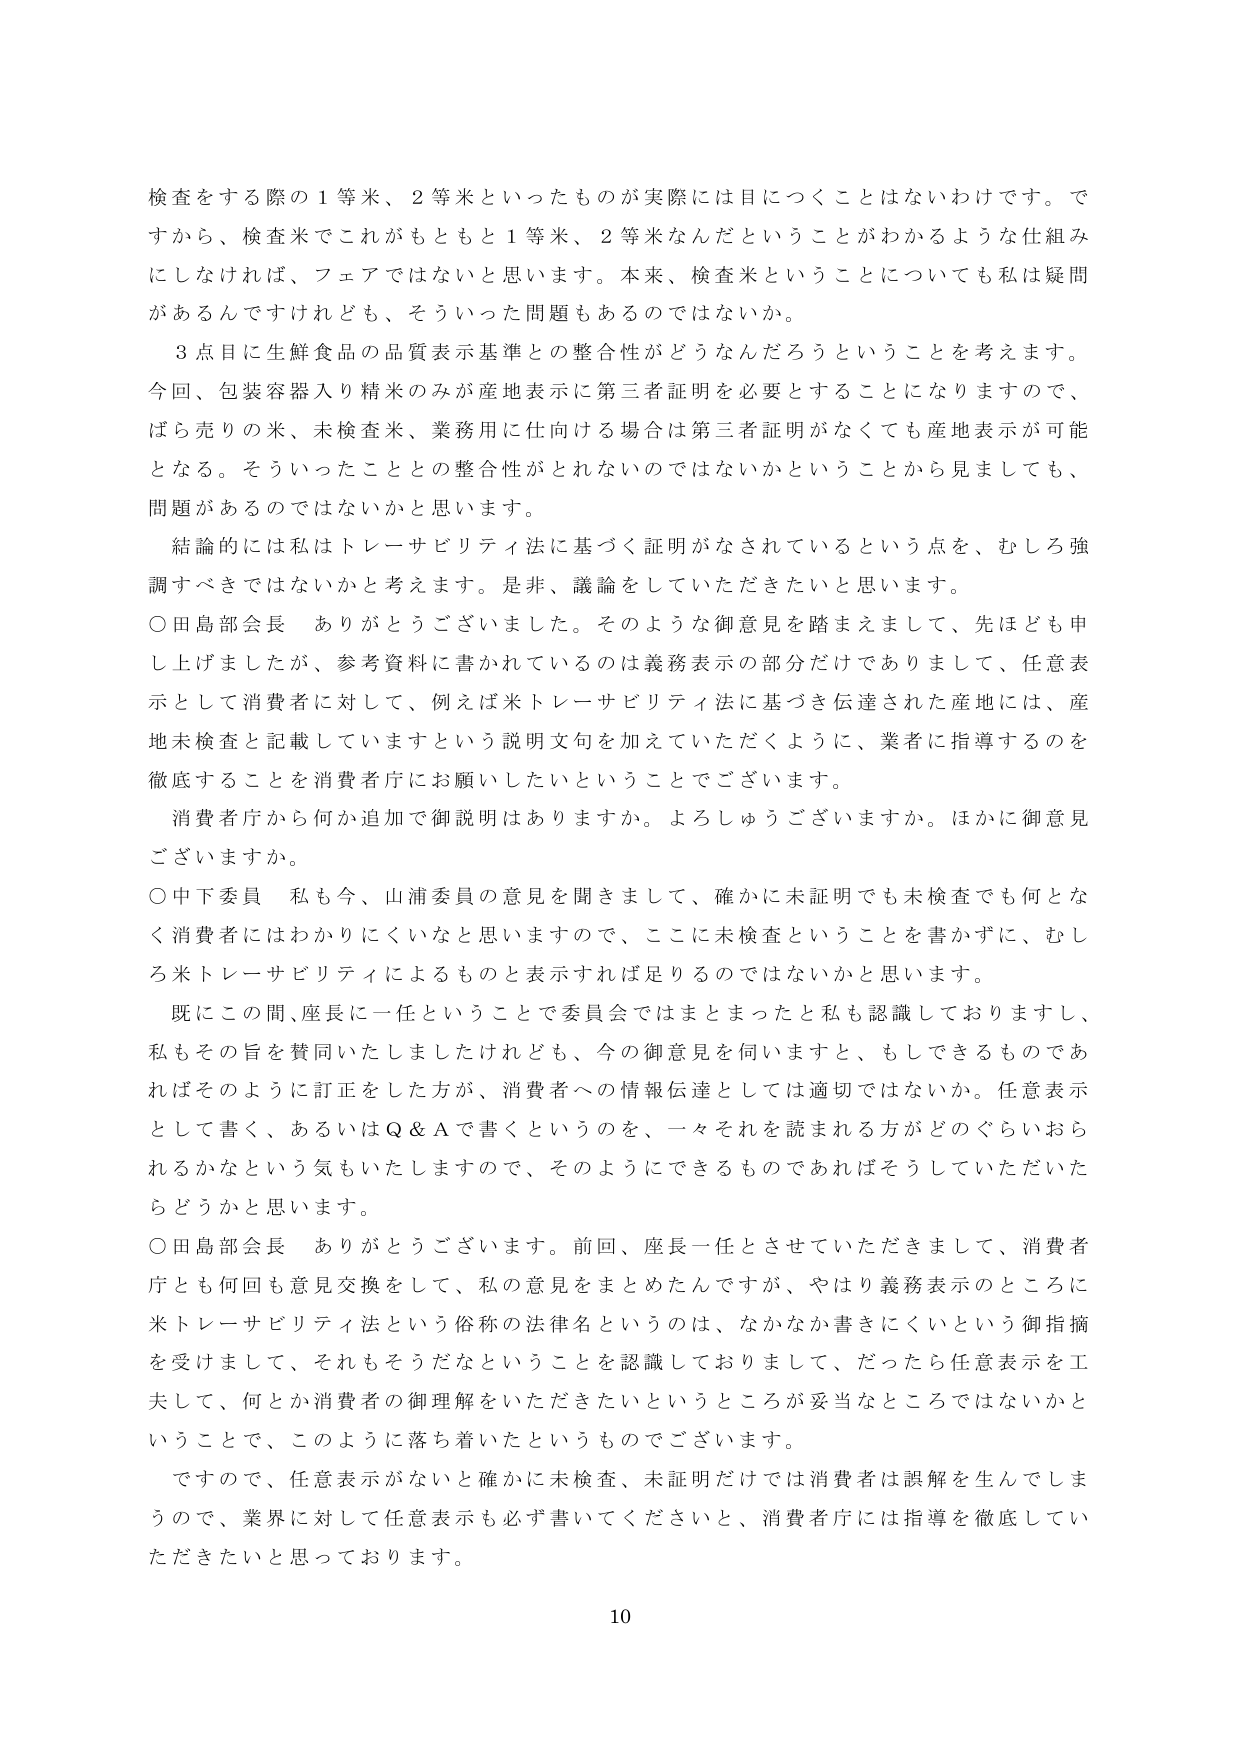
検査をする際の１等米、２等米といったものが実際には目につくことはないわけです。ですから、検査米でこれがもともと１等米、２等米なんだということがわかるような仕組みにしなければ、フェアではないと思います。本来、検査米ということについても私は疑問があるんですけれども、そういった問題もあるのではないか。

３点目に生鮮食品の品質表示基準との整合性がどうなんだろうということを考えます。今回、包装容器入り精米のみが産地表示に第三者証明を必要とすることになりますので、ばら売りの米、未検査米、業務用に仕向ける場合は第三者証明がなくても産地表示が可能となる。そういったこととの整合性がとれないのではないかということから見ましても、問題があるのではないかと思います。

結論的には私はトレーサビリティ法に基づく証明がなされているという点を、むしろ強調すべきではないかと考えます。是非、議論をしていただきたいと思います。

○田島部会長　ありがとうございました。そのような御意見を踏まえまして、先ほども申し上げましたが、参考資料に書かれているのは義務表示の部分だけでありまして、任意表示として消費者に対して、例えば米トレーサビリティ法に基づき伝達された産地には、産地未検査と記載していますという説明文句を加えていただくように、業者に指導するのを徹底することを消費者庁にお願いしたいということでございます。

消費者庁から何か追加で御説明はありますか。よろしうございますか。ほかに御意見ございますか。

○中下委員　私も今、山浦委員の意見を聞きまして、確かに未証明でも未検査でも何となく消費者にはわかりにくいと思いますので、ここに未検査ということを書かずに、むしろ米トレーサビリティによるものと表示すれば足りるのではないかと思います。

既にこの間、座長に一任ということで委員会ではまとまったと私も認識しておりますし、私もその旨を賛同いたしましたけれども、今の御意見を伺いますと、もしできるものであればそのように訂正をした方が、消費者への情報伝達としては適切ではないか。任意表示として書く、あるいはQ＆Aで書くというのを、一々それを読まれる方がどのぐらいおられるかなという気もいたしますので、そのようにできるものであればそうしていただいたらどうかと思います。

○田島部会長　ありがとうございます。前回、座長一任とさせていただきまして、消費者庁とも何回も意見交換をして、私の意見をまとめたんですが、やはり義務表示のところに米トレーサビリティ法という俗称の法律名というのは、なかなか書きにくいという御指摘を受けまして、それもそうだなということを認識しておりまして、だったら任意表示を工夫して、何とか消費者の御理解をいただきたいというところが妥当なところではないかということで、このように落ち着いたというものでございます。

ですので、任意表示がないと確かに未検査、未証明だけでは消費者は誤解を生んでしまうので、業界に対して任意表示も必ず書いてくださいと、消費者庁には指導を徹底していただきたいと思っております。

10